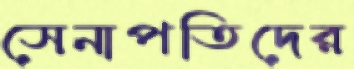
সেনাপতিদের